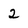
Character: 2